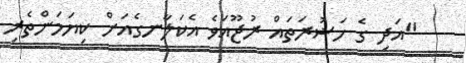
"އަދި ގެ ހަޟުރަތައް ރުޖޫއަވެ އެކަލާނގެއަށް ކިޔަމަންތެރި